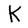
Character: K